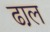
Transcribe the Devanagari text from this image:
ढा़ल